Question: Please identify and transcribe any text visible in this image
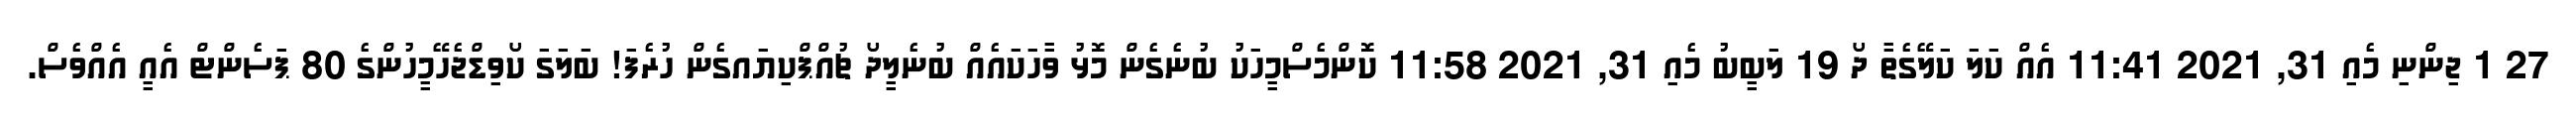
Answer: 27 1 ޖިންނި މެއި 31, 2021 11:41 އެއް ކަލަ ކަލޭގެތާ ދޯ 19 ލަބީބު މެއި 31, 2021 11:58 ކޮންމެސްމީހަކު ބުނެގެން މޮޅު ވާހަކައެއް ބުނެލީދޯ ޗުއްޕްކިޔައގެން ހުރެފަ! ބަލަގަ ކޯވިޑްޖެހޭމީހުންގެ 80 ޕަސެންޓް އެއީ އެއްވެސް.